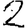
Digit: 2